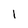
Character: 1